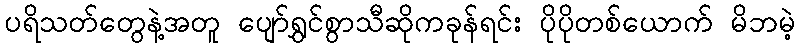
ပရိသတ်တွေနဲ့အတူ ပျော်ရွှင်စွာသီဆိုကခုန်ရင်း ပိုပိုတစ်ယောက် မိဘမဲ့